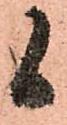
候